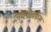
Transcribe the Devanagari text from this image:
जव्हारवरून